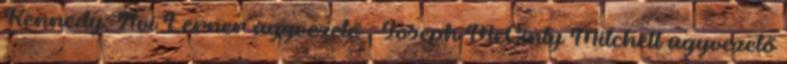
Kennedy, Avi Lerner ügyvezető , Joseph McGinty Mitchell ügyvezető